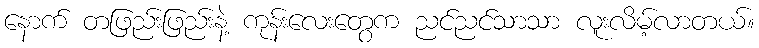
နောက် တဖြည်းဖြည်းနဲ့ ကုန်းလေးတွေက ညင်ညင်သာသာ လူးလိမ့်လာတယ်။